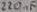
Text: 220µF